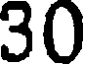
30